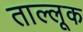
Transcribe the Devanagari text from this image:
ताल्लूक